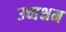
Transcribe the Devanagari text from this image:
उच्चक्षम